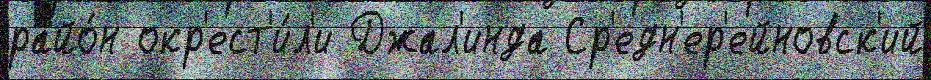
райо́н окр'ест'и́л'и Джал'инда Ср'едн'ер'ейновск'ий